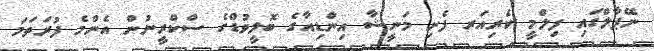
ނޭޕާލްގައި ފިލްމީ ކެރިއަރ ފެށި މަނީޝާ އިންޑިއާގެ ބޮލީވުޑްގެ ސްކްރީނުން އެންމެ ފުރަތަމަ